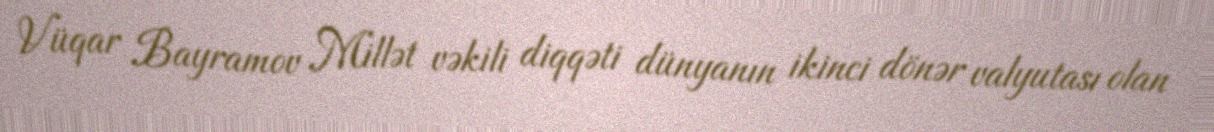
Vüqar Bayramov Millət vəkili diqqəti dünyanın ikinci dönər valyutası olan